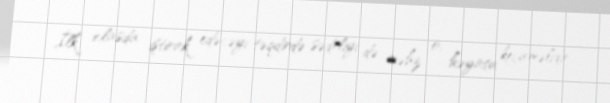
İlk iclasda iştirak edəcəyi təqdirdə sədrliyi də məhz o, həyata keçirməlidir.